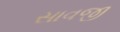
સાવજી